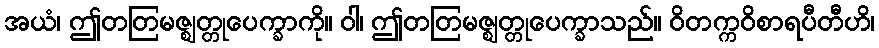
အယံ၊ ဤတတြမဇ္ဈတ္တုပေက္ခာကို။ ဝါ၊ ဤတတြမဇ္ဈတ္တုပေက္ခာသည်။ ဝိတက္ကဝိစာရပီတီဟိ၊